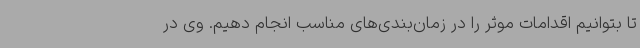
تا بتوانیم اقدامات موثر را در زمان‌بندی‌های مناسب انجام دهیم. وی در